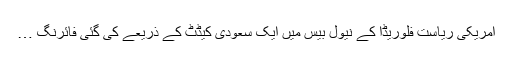
امریکی ریاست فلوریڈا کے نیول بیس میں ایک سعودی کیڈٹ کے ذریعے کی گئی فائرنگ …